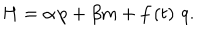
H = \alpha \, p + \beta m + f \left( t \right) \, q .